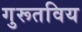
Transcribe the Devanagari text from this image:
गुरूतविय